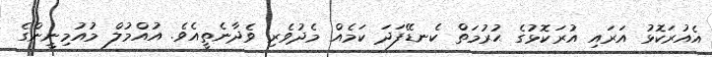
އެއުރަކޮޅު އަރައި އުރަކޮޅުގެ ޙުރުމަތް ކެނޑޭފަދަ ކަމެއް މެދުވެރި ވެދާނެތީއެވެ. އުއްމުލް މުއުމިނީންގެ